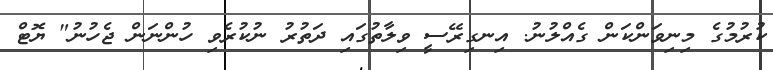
ކުރުމުގެ މިނިވަންކަން ގެއްލުނު. އިނގިރޭސީ ވިލާތުގައި ދަތުރު ނުކުރެވި ހުންނަން ޖެހުނު" ޔޮޓް